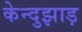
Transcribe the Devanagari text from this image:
केन्दुझाड़